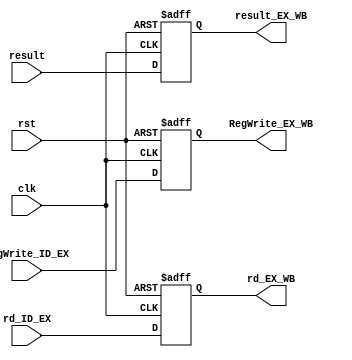
`timescale 1ns / 1ps
//////////////////////////////////////////////////////////////////////////////////
// Company: 
// Engineer: 
// 
// Design Name: 
// Module Name: EX_WB
// Project Name: 
// Target Devices: 
// Tool Versions: 
// Description: 
// 
// Dependencies: 
// 
// Revision:
// Revision 0.01 - File Created
// Additional Comments:
// 
//////////////////////////////////////////////////////////////////////////////////


module EX_WB(
input clk,rst,RegWrite_ID_EX,
input [4:0] rd_ID_EX,
input [31:0] result,
output reg RegWrite_EX_WB,
output reg [4:0] rd_EX_WB,
output reg [31:0] result_EX_WB
);

always @(posedge clk,negedge rst)
begin
    if(!rst)
        begin
            RegWrite_EX_WB <= 1'd0;
            rd_EX_WB <= 5'd0;
            result_EX_WB <= 32'd0;
        end
    else
        begin
            RegWrite_EX_WB <= RegWrite_ID_EX;
            rd_EX_WB <= rd_ID_EX;
            result_EX_WB <= result;
        end
end

endmodule